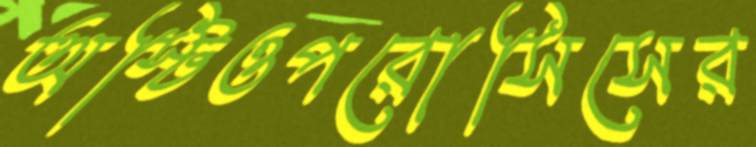
অস্টিওপরোসিসের